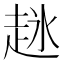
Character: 𬦋